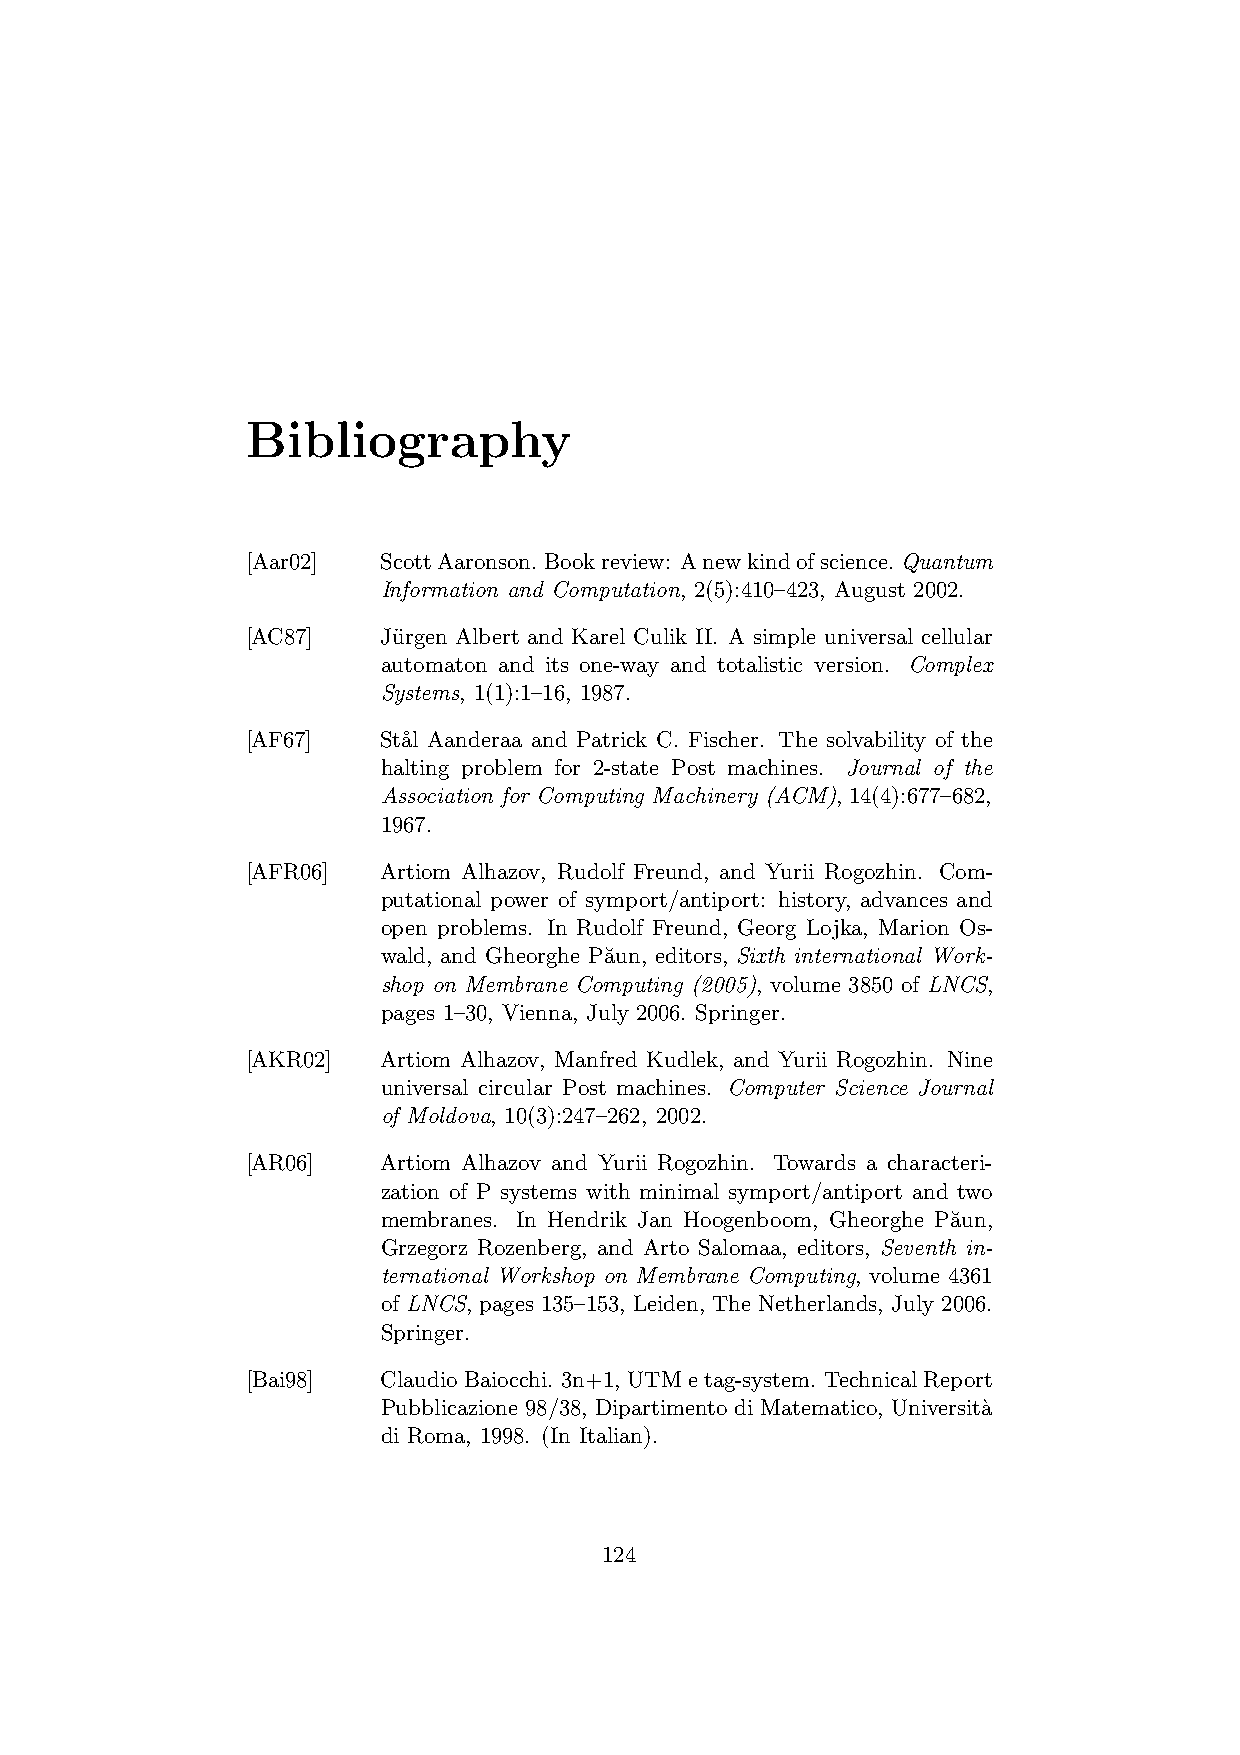
Bibliography
 [Aar02]  ScottAaronson. Bookreview: Anewkindofscience. Quantum
 Information and Computation, 2(5):410–423, August 2002.
 [AC87]   Ju¨rgen Albert and Karel Culik II. A simple universal cellular
 automaton and its one-way and totalistic version. Complex
 Systems, 1(1):1–16, 1987.
 [AF67]   St˚al Aanderaa and Patrick C. Fischer. The solvability of the
 halting problem for 2-state Post machines. Journal of the
 Association for Computing Machinery (ACM), 14(4):677–682,
 1967.
 [AFR06]  Artiom Alhazov, Rudolf Freund, and Yurii Rogozhin. Com-
 putational power of symport/antiport: history, advances and
 open problems. In Rudolf Freund, Georg Lojka, Marion Os-
 wald, and Gheorghe Pa˘un, editors, Sixth international Work-
 shop on Membrane Computing (2005), volume 3850 of LNCS,
 pages 1–30, Vienna, July 2006. Springer.
 [AKR02]  Artiom Alhazov, Manfred Kudlek, and Yurii Rogozhin. Nine
 universal circular Post machines. Computer Science Journal
 of Moldova, 10(3):247–262, 2002.
 [AR06]   Artiom Alhazov and Yurii Rogozhin. Towards a characteri-
 zation of P systems with minimal symport/antiport and two
 membranes. In Hendrik Jan Hoogenboom, Gheorghe Pa˘un,
 Grzegorz Rozenberg, and Arto Salomaa, editors, Seventh in-
 ternational Workshop on Membrane Computing, volume 4361
 of LNCS, pages 135–153, Leiden, The Netherlands, July 2006.
 Springer.
 [Bai98]  ClaudioBaiocchi. 3n+1, UTMetag-system. Technical Report
 Pubblicazione 98/38, Dipartimento di Matematico, Universita`
 di Roma, 1998. (In Italian).
 124